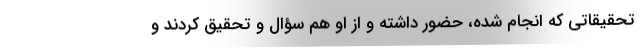
تحقیقاتی که انجام شده، حضور داشته و از او هم سؤال و تحقیق کردند و